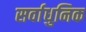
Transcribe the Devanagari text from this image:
सर्वाधुनिक